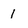
Character: 1